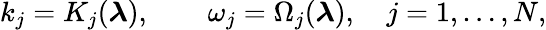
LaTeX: k_{j}={K}_{j}({\boldsymbol\lambda}),\qquad\omega_{j}=\Omega_{j}({\boldsymbol\lambda}),\quad j=1,\dots,N,